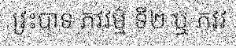
វ្រះបាទ ភវវម៌្ម ទី២ ឬ ភវវ